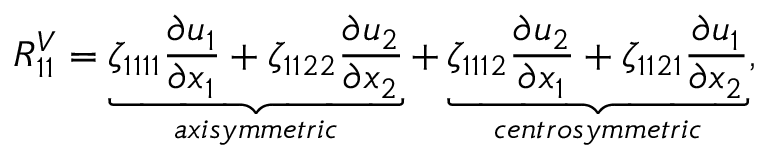
R _ { 1 1 } ^ { V } = \underbrace { \zeta _ { 1 1 1 1 } \frac { \partial u _ { 1 } } { \partial x _ { 1 } } + \zeta _ { 1 1 2 2 } \frac { \partial u _ { 2 } } { \partial x _ { 2 } } } _ { a x i s y m m e t r i c } + \underbrace { \zeta _ { 1 1 1 2 } \frac { \partial u _ { 2 } } { \partial x _ { 1 } } + \zeta _ { 1 1 2 1 } \frac { \partial u _ { 1 } } { \partial x _ { 2 } } } _ { c e n t r o s y m m e t r i c } ,